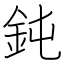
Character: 鈍